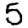
Digit: 5